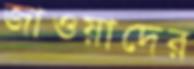
জাওয়াদের